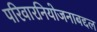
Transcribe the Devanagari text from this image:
परिवारनियोजनाबद्दल